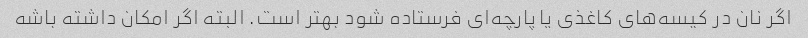
اگر نان در کیسه‌های کاغذی یا پارچه‌ای فرستاده شود بهتر است. البته اگر امکان داشته باشه